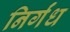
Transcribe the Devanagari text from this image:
निर्गंध